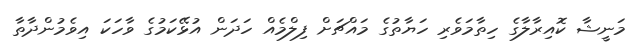
މަނީޝާ ކޮއިރާލާގެ ހިތާމަވެރި ހަޔާތުގެ މައްޗަށް ފިލްމެއް ހަދަން އުޅޭކަމުގެ ވާހަކަ އިވެމުންދާތާ